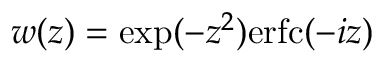
w ( z ) = \exp ( - z ^ { 2 } ) \mathrm { e r f c } ( - i z )